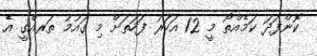
ކޮންފަދަ ކަމެއްތޯ މީ 12 އަހަރު ފަހަތަށް މި ގައުމު ތަރއްގީ އެ